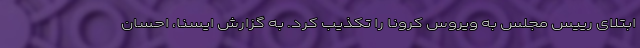
ابتلای رییس مجلس به ویروس کرونا را تکذیب کرد. به گزارش ایسنا، احسان